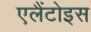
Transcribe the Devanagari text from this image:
एलैंटोइस